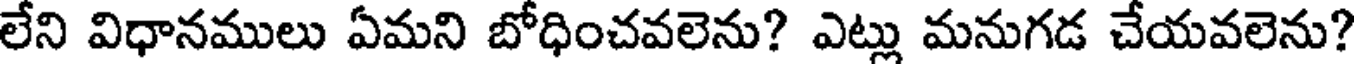
లేని విధానములు ఏమని బోధించవలెను? ఎట్లు మనుగడ చేయవలెను?